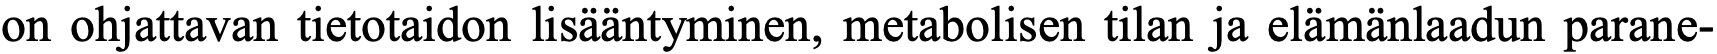
on ohjattavan tietotaidon lisääntyminen, metabolisen tilan ja elämänlaadun parane-